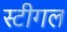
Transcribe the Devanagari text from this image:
स्टीगल